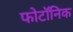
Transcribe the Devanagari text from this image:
फोटॉनिक